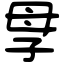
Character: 𡥘